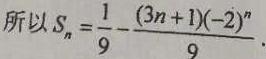
所以 \(S_{n}=\frac{1}{9}-\frac{(3n + 1)(-2)^{n}}{9}\).